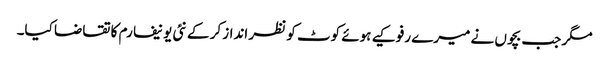
مگر جب بچوں نے میرے رفو کیے ہوئے کوٹ کو نظر انداز کر کے نئی یونیفارم کا تقاضا کیا۔